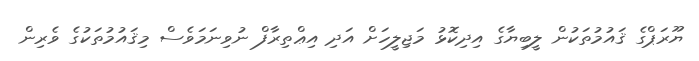
ޔޫރަޕްގެ ޤައުމުތަކުން ލީބިޔާގެ އިދިކޮޅު މަޖިލީހަށް އަދި އިޢްތިރާފް ނުވިނަމަވެސް މިޤައުމުތަކުގެ ވެރިން